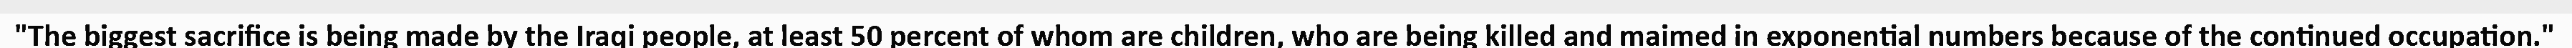
"The biggest sacrifice is being made by the Iraqi people, at least 50 percent of whom are children, who are being killed and maimed in exponential numbers because of the continued occupation."